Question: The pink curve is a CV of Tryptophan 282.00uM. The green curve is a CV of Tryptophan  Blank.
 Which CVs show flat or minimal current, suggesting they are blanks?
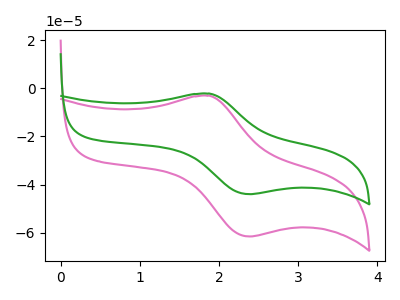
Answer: <think>The pink curve "Tryptophan 282.00uM" has an anodic peak at (1.90V, -3.10uA) and a cathodic peak at (2.40V, -61.50uA). The green curve "Tryptophan  Blank" has an anodic peak at (1.90V, -2.25uA) and a cathodic peak at (2.40V, -43.95uA).</think>
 <answer>There are not any CV's on this graph that are likely to be blanks.</answer>
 <eval>none</eval>